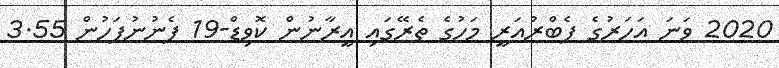
2020 ވަނަ އަހަރުގެ ފެބްރުއަރީ މަހުގެ ތެރޭގައި އީރާނުން ކޮވިޑް-19 ފެނުނުފަހުން 3.55